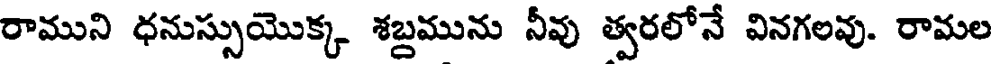
రాముని ధనుస్సుయొక్క శబ్దమును నీవు త్వరలోనే వినగలవు. రామల